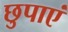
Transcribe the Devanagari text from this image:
छुपाएं